Scottish Certificate of Education, 1962
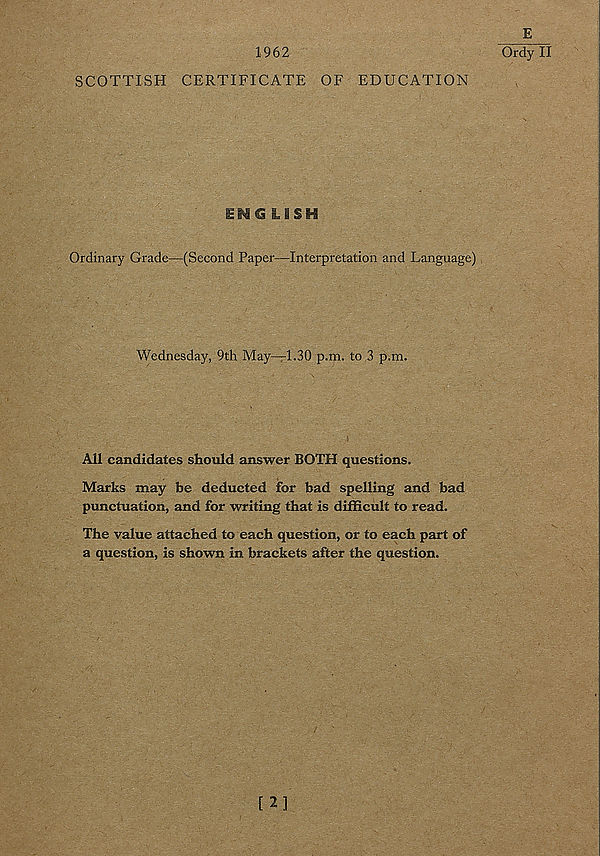
1962
SCOTTISH CERTIFICATE OF EDUCATION
LiSH
Ordinary Grade—(Second Paper—Interpretation and Language)
Wednesday, 9th May—1.30 p.m. to 3 p.m.
All candidates should answer BOTH questions.
Marks may be deducted for bad spelling and bad
punctuation, and for writing that is difficult to read.
The value attached to each question, or to each part of
a question, is shown in brackets after the question.
E
Ordy II
[2]